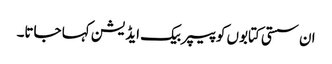
ان سستی کتابوں کو پیپر بیک ایڈیشن کہا جاتا۔